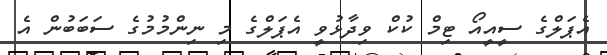
އެޕަލްގެ ސީއީއޯ ޓިމް ކުކް ވިދާޅުވީ އެޕަލްގެ މި ނިންމުމުގެ ސަބަބުން އެ